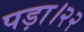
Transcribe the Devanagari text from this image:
पड़ा।२२